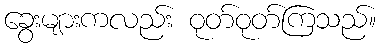
ခွေးများကလည်း ဝုတ်ဝုတ်ကြသည်။